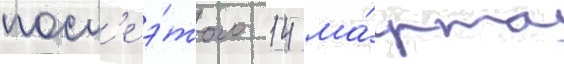
посл'е э́того 14 ма́рта